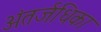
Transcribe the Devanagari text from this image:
अंतर्जधिका